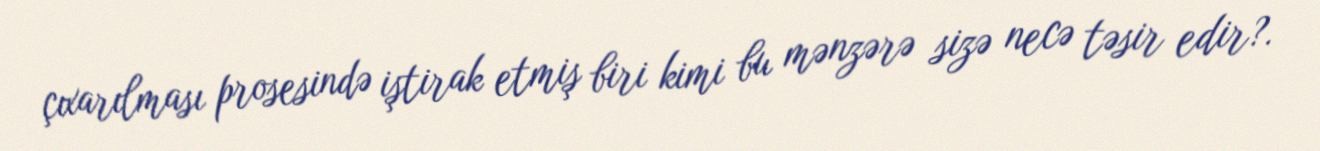
çıxarılması prosesində iştirak etmiş biri kimi bu mənzərə sizə necə təsir edir?.